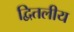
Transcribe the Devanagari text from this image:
द्वितलीय